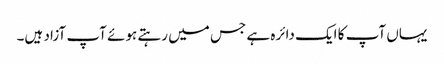
یہاں آپ کا ایک دائرہ ہے جس میں رہتے ہوئے آپ آزاد ہیں۔